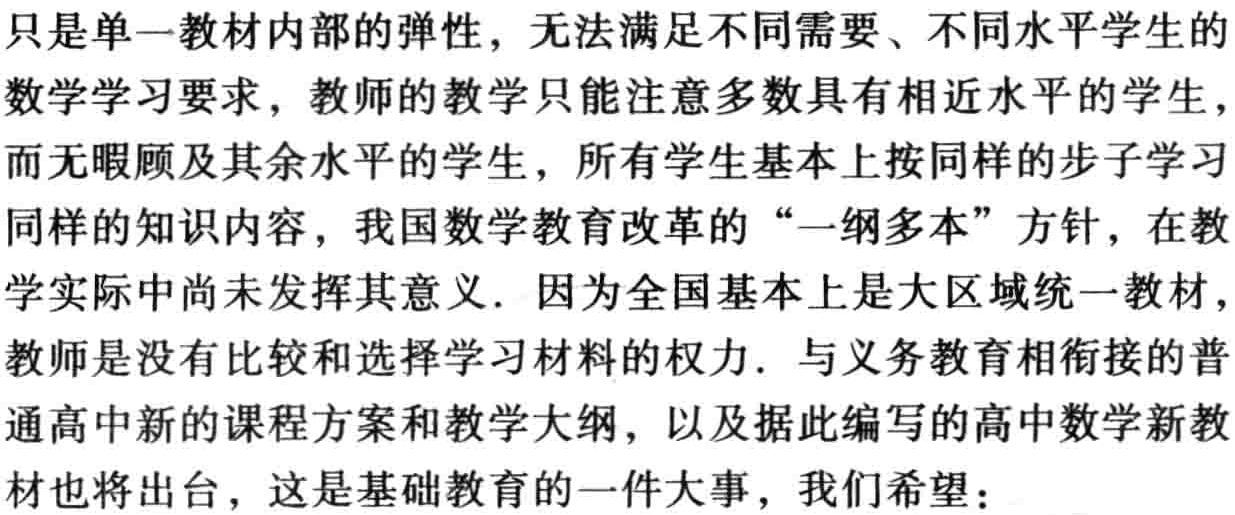
只是单一教材内部的弹性，无法满足不同需要、不同水平学生的
数学学习要求，教师的教学只能注意多数具有相近水平的学生，
而无暇顾及其余水平的学生，所有学生基本上按同样的步子学习
同样的知识内容，我国数学教育改革的“一纲多本”方针，在教
学实际中尚未发挥其意义. 因为全国基本上是大区域统一教材，
教师是没有比较和选择学习材料的权力. 与义务教育相衔接的普
通高中新的课程方案和教学大纲，以及据此编写的高中数学新教
材也将出台，这是基础教育的一件大事，我们希望：